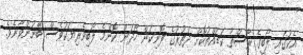
އެކުގައި ލޯބީގެ ރާސްތާ ކަޑައްތުކޮށް ދަތުރުގެ ފޮނިކަން ހޯދަން ކޮންމެ ލޯބިވެރިޔަކުވެސް ބޭނުންވާނެވެ.